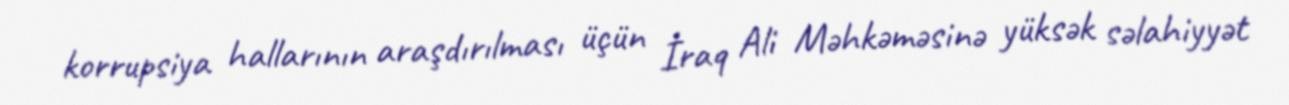
korrupsiya hallarının araşdırılması üçün İraq Ali Məhkəməsinə yüksək səlahiyyət